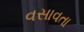
વસાવતા